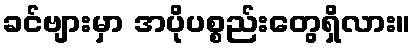
ခင်ဗျားမှာ အပိုပစ္စည်းတွေရှိလား။